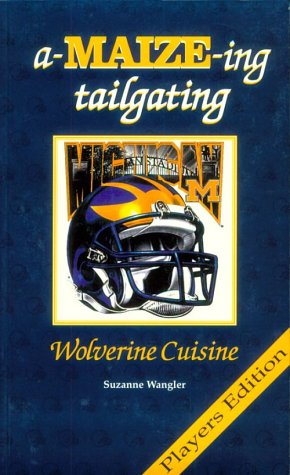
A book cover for A-Maize-Ing Tailgating: Wolverine Cuisine; Cookbooks, Food & Wine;